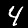
Digit: 4